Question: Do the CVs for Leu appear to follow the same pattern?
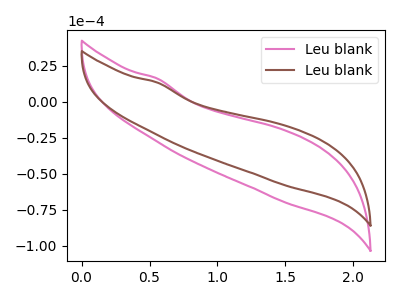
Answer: <think>The pink curve "Leu blank1" has no peaks. The brown curve "Leu blank2" has no peaks.
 Neither "Leu blank1" or "Leu blank2" have any peaks.</think>
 <answer>All the CV's of "Leu" have similar shape.</answer>
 <eval>follow_rule</eval>